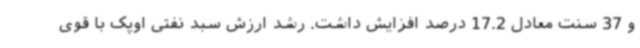
و 37 سنت معادل 17.2 درصد افزایش داشت. رشد ارزش سبد نفتی اوپک با قوی